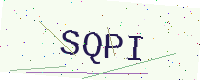
Text: SQPI